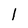
Character: l